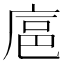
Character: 𪪘